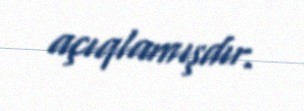
açıqlamışdır.